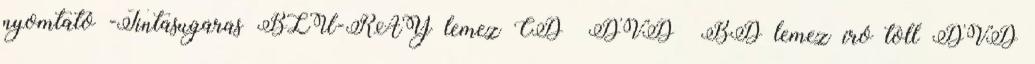
nyomtató -Tintasugaras BLU-RAY lemez CD DVD BD lemez író toll DVD